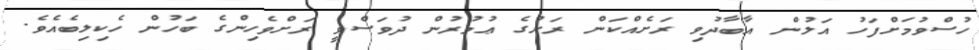
ހުސްވުމަށްފަހު އަލުން އާބާދުވި ރަށެއްކަން ރަށުގެ ޢުމުރުން ދުވަސްވީ ރަށްވެހިންގެ ބަހުން ހެކިލިބެއެވެ.